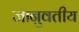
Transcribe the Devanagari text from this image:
जानुवतीय